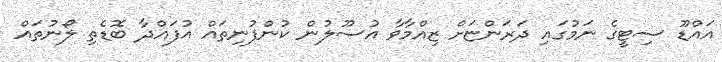
އައްޑޫ ސިޓީގެ ނަމުގައި ދަރަންޏަށް ޒިއްމާވާ އުސޫލުން ކުންފުނިތައް އުފައްދާ ބޮޑެތި ލޯނުތައް